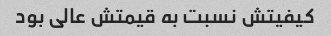
کیفیتش نسبت به قیمتش عالی بود